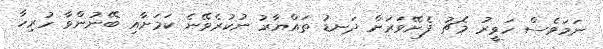
ނަމަވެސް ހަވީރު މެޗު ފެށޭވަރަށް ދަނޑު ތައްޔާރު ނުކުރެވޭނެ ކަމަށާއި ބޭނުންވާ ހުރިހާ